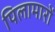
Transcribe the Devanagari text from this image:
पिलामारों